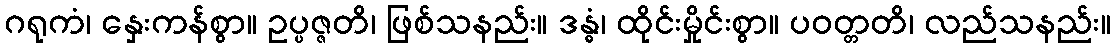
ဂရုကံ၊ နှေးကန်စွာ။ ဥပ္ပဇ္ဇတိ၊ ဖြစ်သနည်း။ ဒန္ဓံ၊ ထိုင်းမှိုင်းစွာ။ ပဝတ္တတိ၊ လည်သနည်း။